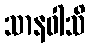
သာနဝါသိ